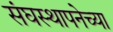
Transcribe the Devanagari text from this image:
संघस्थापनेच्या